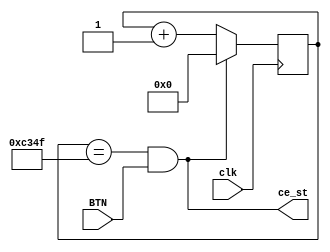
module Gen_st(		input clk, input BTN, output wire ce_st   );


parameter Tclk=20;//Tclk = 20 ns;
parameter Trep =  1000000;//1000us = 1000000 ns;
parameter N = Trep/Tclk;

reg [15:0]cb_tact=0;
assign ce_st = (cb_tact == N-1) & BTN;
always @(posedge clk) begin
cb_tact <= ce_st? 0: cb_tact+1;
end

endmodule